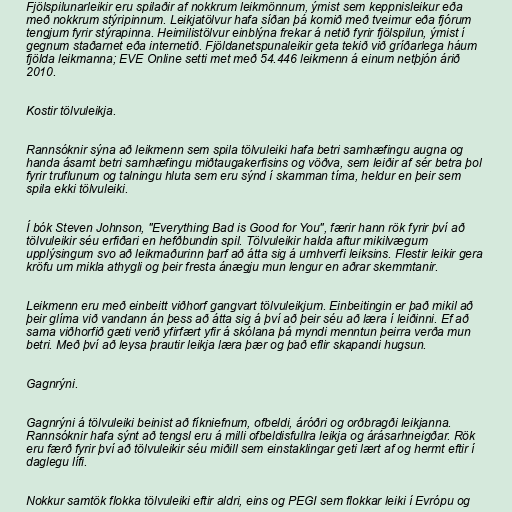
Fjölspilunarleikir eru spilaðir af nokkrum leikmönnum, ýmist sem keppnisleikur eða
með nokkrum stýripinnum. Leikjatölvur hafa síðan þá komið með tveimur eða fjórum
tengjum fyrir stýrapinna. Heimilistölvur einblýna frekar á netið fyrir fjölspilun, ýmist í
gegnum staðarnet eða internetið. Fjöldanetspunaleikir geta tekið við gríðarlega háum
fjölda leikmanna; EVE Online setti met með 54.446 leikmenn á einum netþjón árið
2010.

Kostir tölvuleikja.

Rannsóknir sýna að leikmenn sem spila tölvuleiki hafa betri samhæfingu augna og
handa ásamt betri samhæfingu miðtaugakerfisins og vöðva, sem leiðir af sér betra þol
fyrir truflunum og talningu hluta sem eru sýnd í skamman tíma, heldur en þeir sem
spila ekki tölvuleiki.

Í bók Steven Johnson, "Everything Bad is Good for You", færir hann rök fyrir því að
tölvuleikir séu erfiðari en hefðbundin spil. Tölvuleikir halda aftur mikilvægum
upplýsingum svo að leikmaðurinn þarf að átta sig á umhverfi leiksins. Flestir leikir gera
kröfu um mikla athygli og þeir fresta ánægju mun lengur en aðrar skemmtanir.

Leikmenn eru með einbeitt viðhorf gangvart tölvuleikjum. Einbeitingin er það mikil að
þeir glíma við vandann án þess að átta sig á því að þeir séu að læra í leiðinni. Ef að
sama viðhorfið gæti verið yfirfært yfir á skólana þá myndi menntun þeirra verða mun
betri. Með því að leysa þrautir leikja læra þær og það eflir skapandi hugsun.

Gagnrýni.

Gagnrýni á tölvuleiki beinist að fíkniefnum, ofbeldi, áróðri og orðbragði leikjanna.
Rannsóknir hafa sýnt að tengsl eru á milli ofbeldisfullra leikja og árásarhneigðar. Rök
eru færð fyrir því að tölvuleikir séu miðill sem einstaklingar geti lært af og hermt eftir í
daglegu lífi.

Nokkur samtök flokka tölvuleiki eftir aldri, eins og PEGI sem flokkar leiki í Evrópu og